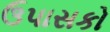
ઉપાસકો